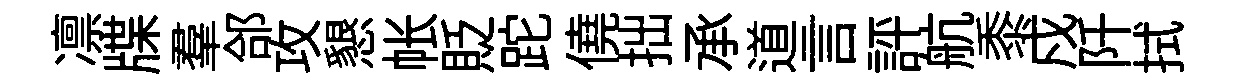
凛牒羣郃攻懇帐貶跎僥拙承道言評航黍戍阡拭